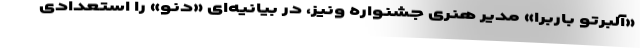
«آلبرتو باربرا» مدیر هنری جشنواره ونیز، در بیانیه‌ای «دنو» را استعدادی